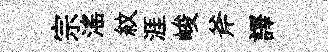
宗滛紋涯峻斧譯